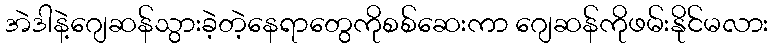
အဲဒါနဲ့ဂျေဆန်သွားခဲ့တဲ့နေရာတွေကိုစစ်ဆေးကာ ဂျေဆန်ကိုဖမ်းနိုင်မလား